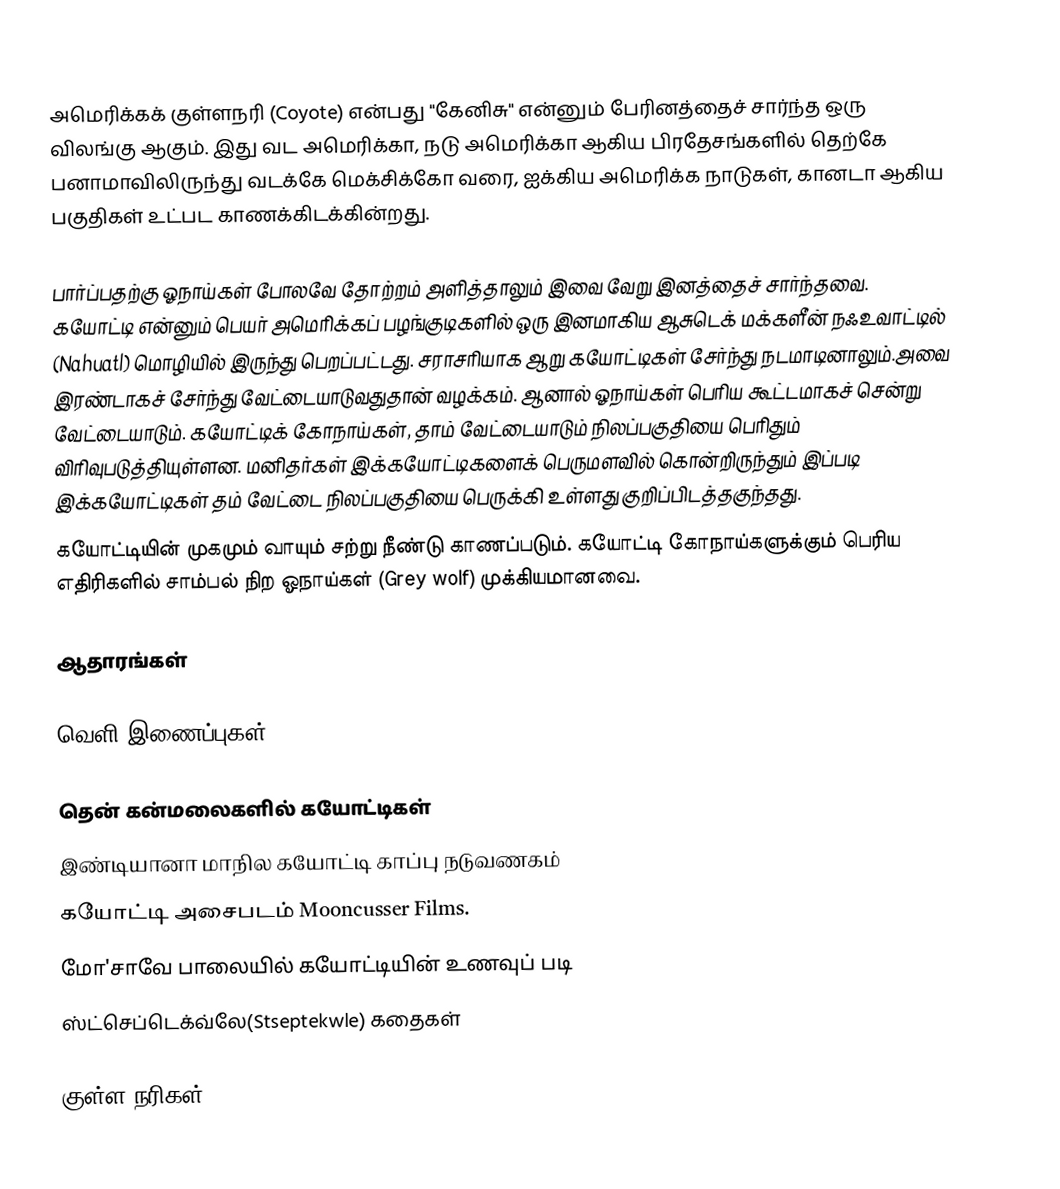
அமெரிக்கக் குள்ளநரி (Coyote) என்பது "கேனிசு" என்னும் பேரினத்தைச் சார்ந்த ஒரு விலங்கு ஆகும். இது வட அமெரிக்கா, நடு அமெரிக்கா ஆகிய பிரதேசங்களில் தெற்கே பனாமாவிலிருந்து வடக்கே மெக்சிக்கோ வரை, ஐக்கிய அமெரிக்க நாடுகள், கானடா ஆகிய பகுதிகள் உட்பட காணக்கிடக்கின்றது.

பார்ப்பதற்கு ஓநாய்கள் போலவே தோற்றம் அளித்தாலும் இவை வேறு இனத்தைச் சார்ந்தவை. கயோட்டி என்னும் பெயர் அமெரிக்கப் பழங்குடிகளில் ஒரு இனமாகிய ஆசுடெக் மக்களீன் நஃஉவாட்டில் (Nahuatl) மொழியில் இருந்து பெறப்பட்டது. சராசரியாக ஆறு கயோட்டிகள் சேர்ந்து நடமாடினாலும்.அவை இரண்டாகச் சேர்ந்து வேட்டையாடுவதுதான் வழக்கம். ஆனால் ஓநாய்கள் பெரிய கூட்டமாகச் சென்று வேட்டையாடும். கயோட்டிக் கோநாய்கள், தாம் வேட்டையாடும் நிலப்பகுதியை பெரிதும் விரிவுபடுத்தியுள்ளன. மனிதர்கள் இக்கயோட்டிகளைக் பெருமளவில் கொன்றிருந்தும் இப்படி இக்கயோட்டிகள் தம் வேட்டை நிலப்பகுதியை பெருக்கி உள்ளது குறிப்பிடத்தகுந்தது.
கயோட்டியின் முகமும் வாயும் சற்று நீண்டு காணப்படும். கயோட்டி கோநாய்களுக்கும் பெரிய எதிரிகளில் சாம்பல் நிற ஓநாய்கள் (Grey wolf) முக்கியமானவை.

ஆதாரங்கள்

வெளி இணைப்புகள்

 தென் கன்மலைகளில் கயோட்டிகள்
 இண்டியானா மாநில கயோட்டி காப்பு நடுவணகம்
 கயோட்டி அசைபடம் Mooncusser Films.
 மோ'சாவே பாலையில் கயோட்டியின் உணவுப் படி
  ஸ்ட்செப்டெக்வ்லே(Stseptekwle) கதைகள்

குள்ள நரிகள்